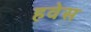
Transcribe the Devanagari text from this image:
हवेस